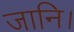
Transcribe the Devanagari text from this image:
जानि।